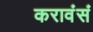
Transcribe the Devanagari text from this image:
करावंसं